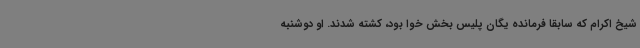
شیخ اکرام که سابقا فرمانده یگان پلیس بخش خوا بود، کشته شدند. او دوشنبه